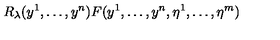
R _ { \lambda } ( y ^ { 1 } , \dots , y ^ { n } ) F ( y ^ { 1 } , \dots , y ^ { n } , \eta ^ { 1 } , \dots , \eta ^ { m } )